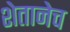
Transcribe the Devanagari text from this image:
शेतानेच